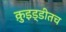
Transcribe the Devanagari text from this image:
क़ुइड्डीतच